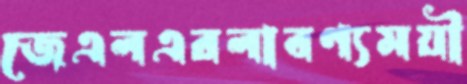
জেএলএরলাবণ্যময়ী